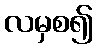
လမှစ၍